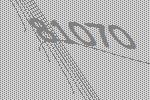
81070